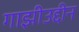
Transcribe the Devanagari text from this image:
गाझीउद्दीन